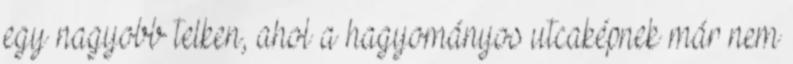
egy nagyobb telken, ahol a hagyományos utcaképnek már nem